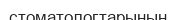
стоматологтарының